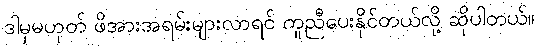
ဒါမှမဟုတ် ဖိအားအရမ်းများလာရင် ကူညီပေးနိုင်တယ်လို့ ဆိုပါတယ်။